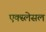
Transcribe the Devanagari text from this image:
एक्स्लेसल